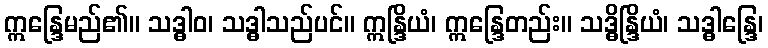
ဣန္ဒြေမည်၏။ သဒ္ဓါဝ၊ သဒ္ဓါသည်ပင်။ ဣန္ဒြိယံ၊ ဣန္ဒြေတည်း။ သဒ္ဓိန္ဒြိယံ၊ သဒ္ဓါန္ဒြေ၊